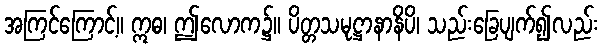
အကြင်ကြောင့်။ ဣဓ၊ ဤလောက၌။ ပိတ္တသမုဋ္ဌာနာနိပိ၊ သည်းခြေပျက်၍လည်း